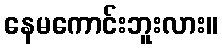
နေမကောင်းဘူးလား။